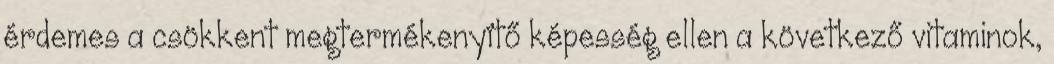
érdemes a csökkent megtermékenyítő képesség ellen a következő vitaminok,